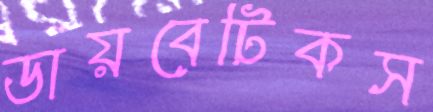
ডায়বেটিকস